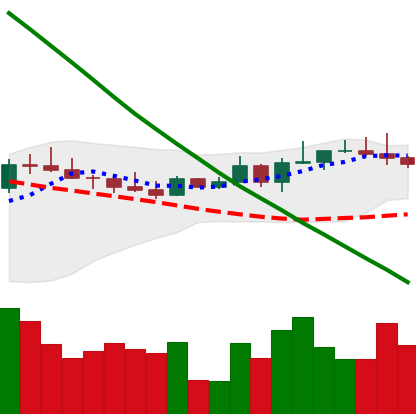
Ticker: BTC-USD
Chart end date: 2022-08-16
Forward return: -9.836%
Label: down_7plus